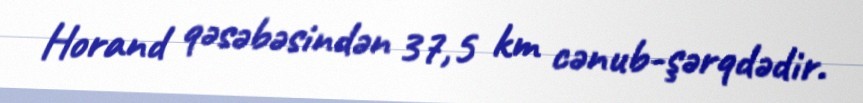
Horand qəsəbəsindən 37,5 km cənub-şərqdədir.